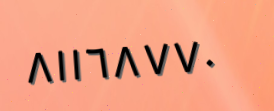
٨١١٦٨٧٧٠